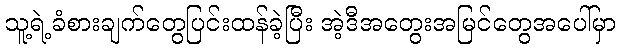
သူ့ရဲ့ခံစားချက်တွေပြင်းထန်ခဲ့ပြီး အဲ့ဒီအတွေးအမြင်တွေအပေါ်မှာ